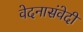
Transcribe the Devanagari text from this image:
वेदनासंवेदी